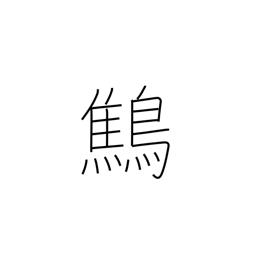
Meaning: wren